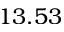
1 3 . 5 3